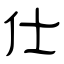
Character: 仕